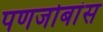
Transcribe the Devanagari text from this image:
पणजोबांस